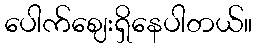
ပေါက်ဈေးရှိနေပါတယ်။